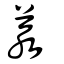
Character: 羕